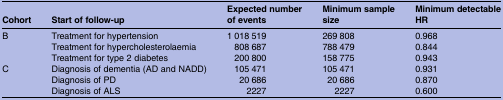
<table><thead><tr><td><b>Cohort</b></td><td><b>Start of follow-up</b></td><td><b>Expected number of events</b></td><td><b>Minimum sample size</b></td><td><b>Minimum detectableHR</b></td></tr></thead><tbody><tr><td rowspan="3">B</td><td>Treatment for hypertension</td><td>1 018 519</td><td>269 808</td><td>0.968</td></tr><tr><td>Treatment for hypercholesterolaemia</td><td>808 687</td><td>788 479</td><td>0.844</td></tr><tr><td>Treatment for type 2 diabetes</td><td>200 800</td><td>158 775</td><td>0.943</td></tr><tr><td rowspan="3">C</td><td>Diagnosis of dementia (AD and NADD)</td><td>105 471</td><td>105 471</td><td>0.931</td></tr><tr><td>Diagnosis of PD</td><td>20 686</td><td>20 686</td><td>0.870</td></tr><tr><td>Diagnosis of ALS</td><td>2227</td><td>2227</td><td>0.600</td></tr></tbody></table>